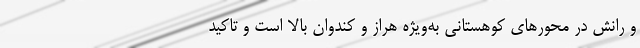
و رانش در محورهای کوهستانی به‌ویژه هراز و کندوان بالا است و تاکید